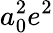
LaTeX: a_{0}^{2}e^{2}